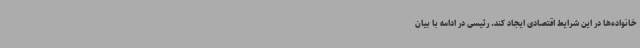
خانواده‌ها در این شرایط اقتصادی ایجاد کند. رئیسی در ادامه با بیان